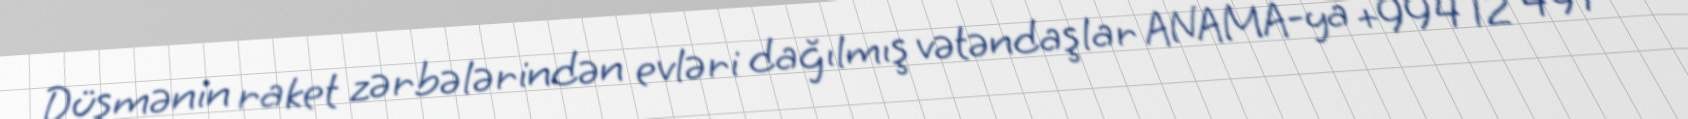
Düşmənin raket zərbələrindən evləri dağılmış vətəndaşlar ANAMA-ya +994 12 497